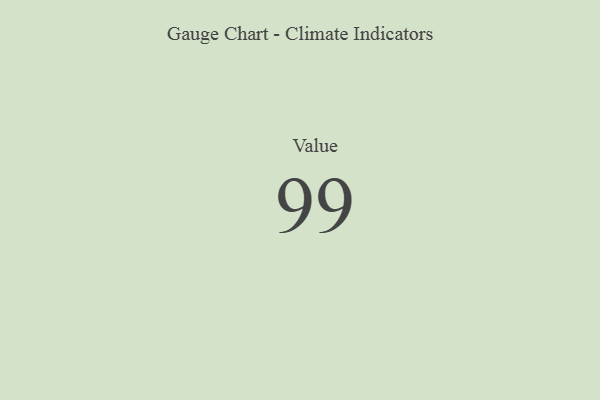
{"axis": {"x": "Metric", "y": "Value"}, "legend": [""], "data": [{"x": "Value", "y": 99, "type": ""}]}